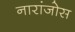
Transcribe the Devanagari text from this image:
नारांजोस